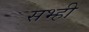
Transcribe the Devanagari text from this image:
सभ्ही